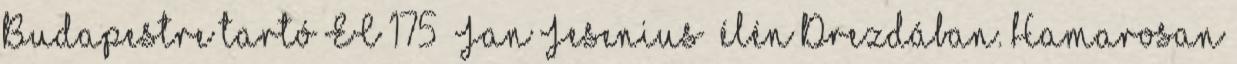
Budapestre tartó EC 175 „Jan Jesenius” élén Drezdában. Hamarosan